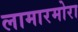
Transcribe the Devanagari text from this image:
लामारमोरा